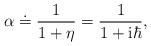
LaTeX: \begin{align*}\alpha\doteq\frac{1}{1+\eta}=\frac{1}{1+\textrm{i}\hbar},\end{align*}